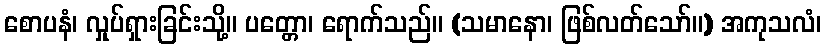
စောပနံ၊ လှုပ်ရှားခြင်းသို့။ ပတ္တော၊ ရောက်သည်။ (သမာနော၊ ဖြစ်လတ်သော်။) အကုသလံ၊